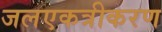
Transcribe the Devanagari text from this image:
जलएकत्रीकरण